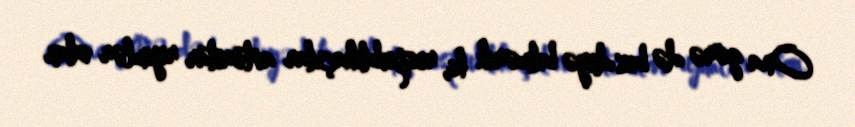
Ona görə də biz deyə bilmərik ki, respublikaçılar avtoritar rejimlər olan